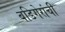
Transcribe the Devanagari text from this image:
बडिगेरांची